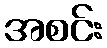
အစင်း